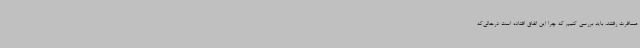
مسافرت رفتند، باید بررسی کنیم که چرا این اتفاق افتاده است درحالی‌که